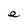
Character: e